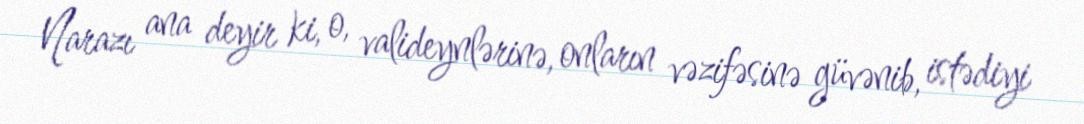
Narazı ana deyir ki, o, valideynlərinə, onların vəzifəsinə güvənib, istədiyi